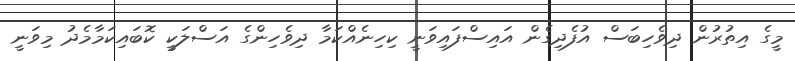
މީގެ އިތުރުން ދިވެހިބަސް އުފެދިގެން އައިސްފައިވަނީ ކިހިނެއްކަމާ ދިވެހިންގެ އަސްލަކީ ކޮބައިކަމާމެދު މިވަނީ